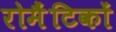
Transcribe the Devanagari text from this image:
रोमैंटिकों